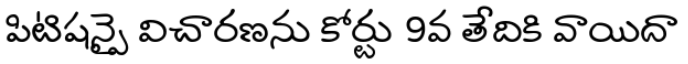
పిటిషన్పై విచారణను కోర్టు 9వ తేదికి వాయిదా